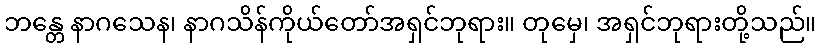
ဘန္တေ နာဂသေန၊ နာဂသိန်ကိုယ်တော်အရှင်ဘုရား။ တုမှေ၊ အရှင်ဘုရားတို့သည်။